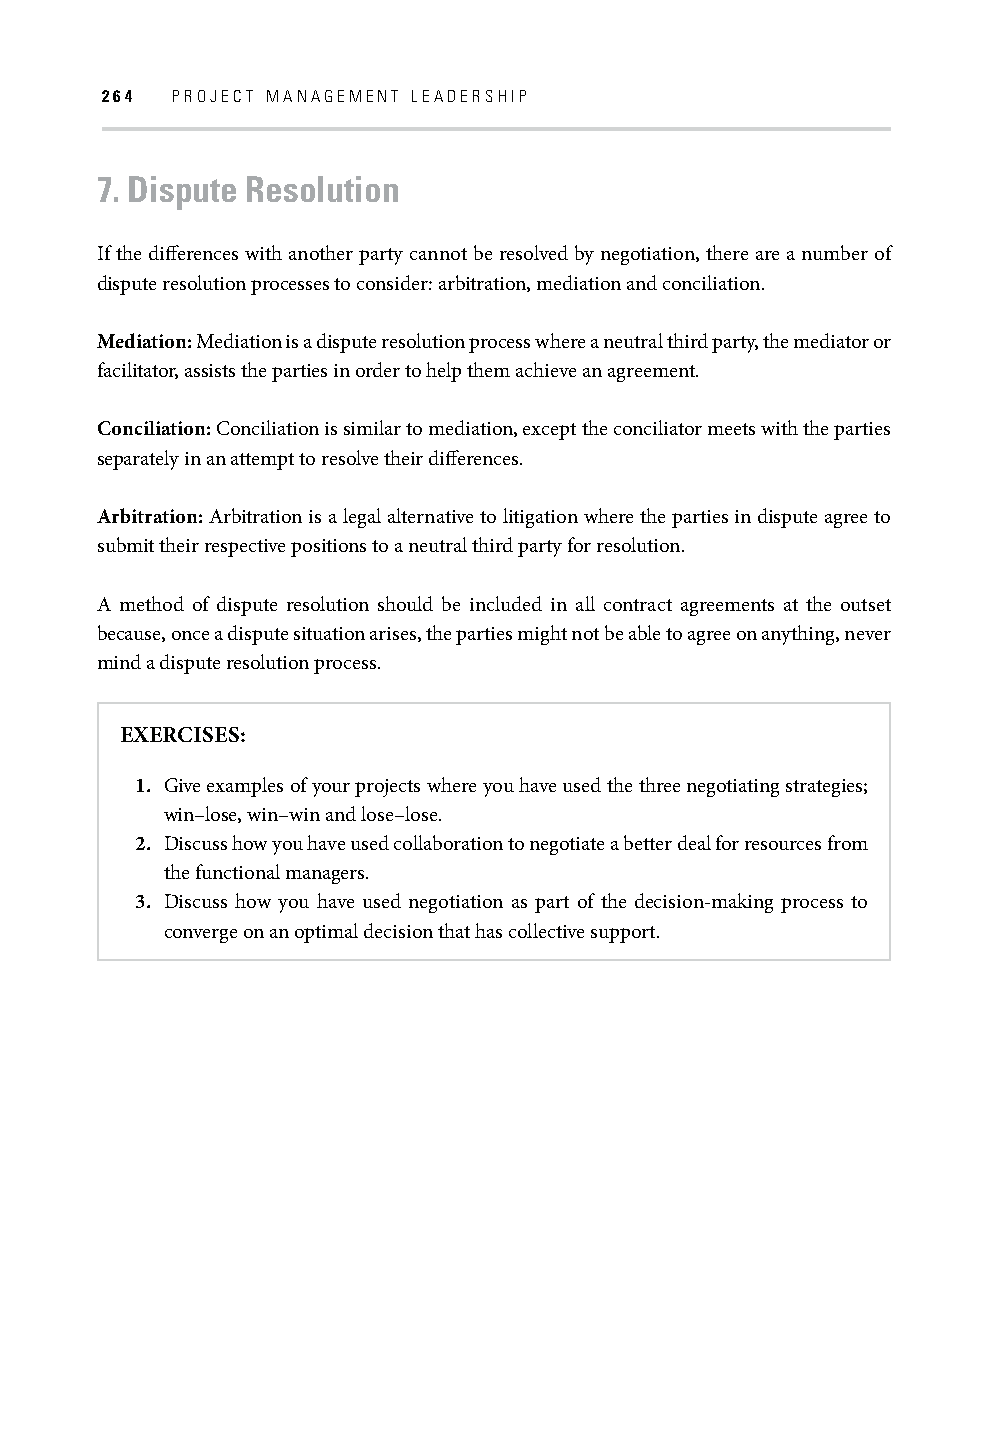
264 PROJECT MANAGEMENT LEADERSHIP
 7. Dispute Resolution
 If the diff erences with another party cannot be resolved by negotiation, there are a number of
 dispute resolution processes to consider: arbitration, mediation and conciliation.
 Mediation: Mediation is a dispute resolution process where a neutral third party, the mediator or
 facilitator, assists the parties in order to help them achieve an agreement.
 Conciliation: Conciliation is similar to mediation, except the conciliator meets with the parties
 separately in an attempt to resolve their diff erences.
 Arbitration: Arbitration is a legal alternative to litigation where the parties in dispute agree to
 submit their respective positions to a neutral third party for resolution.
 A method of dispute resolution should be included in all contract agreements at the outset
 because, once a dispute situation arises, the parties might not be able to agree on anything, never
 mind a dispute resolution process.
 EXERCISES:
 1. Give examples of your projects where you have used the three negotiating strategies;
 win–lose, win–win and lose–lose.
 2. Discuss how you have used collaboration to negotiate a better deal for resources from
 the functional managers.
 3. Discuss how you have used negotiation as part of the decision-making process to
 converge on an optimal decision that has collective support.